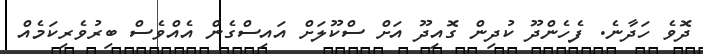
ދޮވެ ހަދާނެ. ފެހެންދޫ ކުދިން ގޮއިދޫ އަށް ސްކޫލަށް އައިސްގެން އެއްވެސް ބިރުވެރިކަމެއް